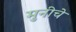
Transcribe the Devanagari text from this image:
मुनीचे